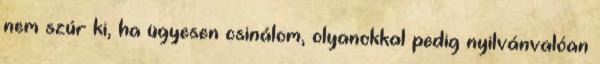
nem szúr ki, ha ügyesen csinálom, olyanokkal pedig nyilvánvalóan